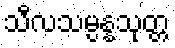
သီလသမ္ပန္နသုတ္တ